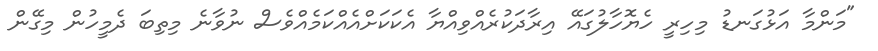
"މަންމާ އަޅުގަނޑު މިހިރީ ހެޔޮހާލުގައޭ އިރާދަކުރެއްވިއްޔާ އެކަކަށްއެއްކަމެއްވެސް ނުވާނެ މިތިބަ ދެމީހުން މިގޭން